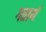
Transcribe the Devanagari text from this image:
गतार्थ